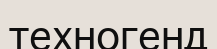
техногенд